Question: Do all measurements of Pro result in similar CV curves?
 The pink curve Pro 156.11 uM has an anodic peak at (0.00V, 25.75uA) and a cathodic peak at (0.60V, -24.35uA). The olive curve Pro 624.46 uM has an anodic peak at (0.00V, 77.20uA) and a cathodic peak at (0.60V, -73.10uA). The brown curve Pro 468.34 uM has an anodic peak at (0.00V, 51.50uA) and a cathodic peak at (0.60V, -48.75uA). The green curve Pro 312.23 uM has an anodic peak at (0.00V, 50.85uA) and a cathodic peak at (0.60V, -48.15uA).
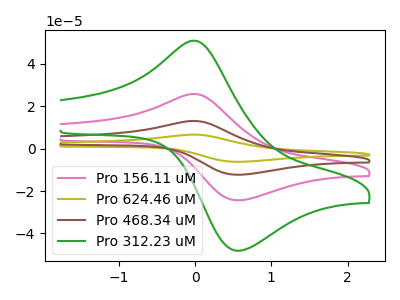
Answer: <think>All the peaks in "Pro 156.11 uM" have a peak in "Pro 624.46 uM" at the same potential. Every peak in "Pro 156.11 uM" is lower than every peak in "Pro 624.46 uM". All the peaks in "Pro 156.11 uM" have a peak in "Pro 468.34 uM" at the same potential. Every peak in "Pro 156.11 uM" is lower than every peak in "Pro 468.34 uM". All the peaks in "Pro 156.11 uM" have a peak in "Pro 312.23 uM" at the same potential. Every peak in "Pro 156.11 uM" is lower than every peak in "Pro 312.23 uM". All the peaks in "Pro 624.46 uM" have a peak in "Pro 468.34 uM" at the same potential. Every peak in "Pro 624.46 uM" is higher than every peak in "Pro 468.34 uM". All the peaks in "Pro 624.46 uM" have a peak in "Pro 312.23 uM" at the same potential. Every peak in "Pro 624.46 uM" is higher than every peak in "Pro 312.23 uM". All the peaks in "Pro 468.34 uM" have a peak in "Pro 312.23 uM" at the same potential. Every peak in "Pro 468.34 uM" is higher than every peak in "Pro 312.23 uM".
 </think>
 <answer>All the CV's of "Pro" have similar shape.</answer>
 <eval>follow_rule</eval>